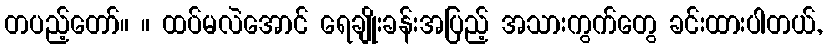
တပည့်တော်။ ။ ထပ်မလဲအောင် ရေချိုးခန်းအပြည့် အသားကွက်တွေ ခင်းထားပါတယ်,